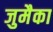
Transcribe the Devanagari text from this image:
जुमैका